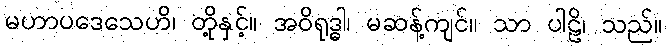
မဟာပဒေသေဟိ၊ တို့နှင့်။ အဝိရုဒ္ဓါ၊ မဆန့်ကျင်။ သာ ပါဠိ၊ သည်။